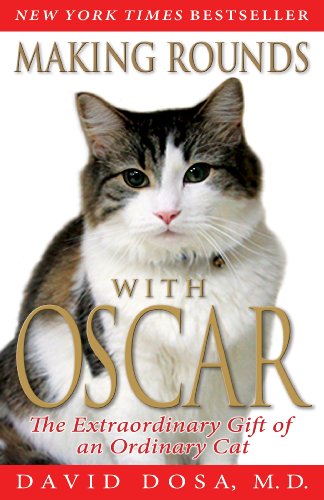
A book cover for Making Rounds with Oscar: The Extraordinary Gift of an Ordinary Cat; David Dosa; Crafts, Hobbies & Home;